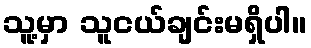
သူ့မှာ သူငယ်ချင်းမရှိပါ။